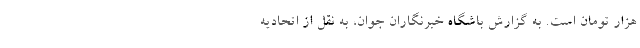
هزار تومان است. به گزارش باشگاه خبرنگاران جوان، به نقل از اتحادیه